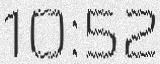
10:52